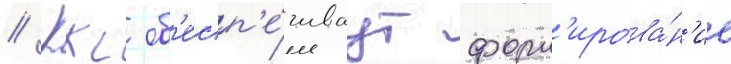
// Ккс об'есп'е́чиваут форм'ирова́н'ие